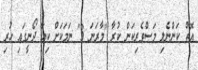
އޮތް ކަންނެލި މަސްވެރިކަން ކުރާ "މާރަނަ 3" ނަމަކަށް ކިޔާ ދޯނީގައި ހުރި